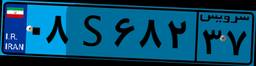
۰۸S۶۸۲۳۷